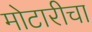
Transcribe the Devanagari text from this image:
मोटारीचा